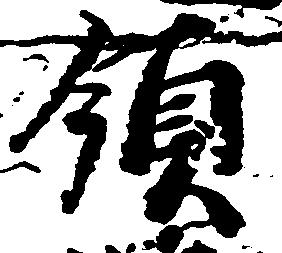
領